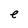
Character: e